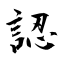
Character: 認